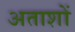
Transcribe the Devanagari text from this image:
अताशों